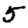
Digit: 5